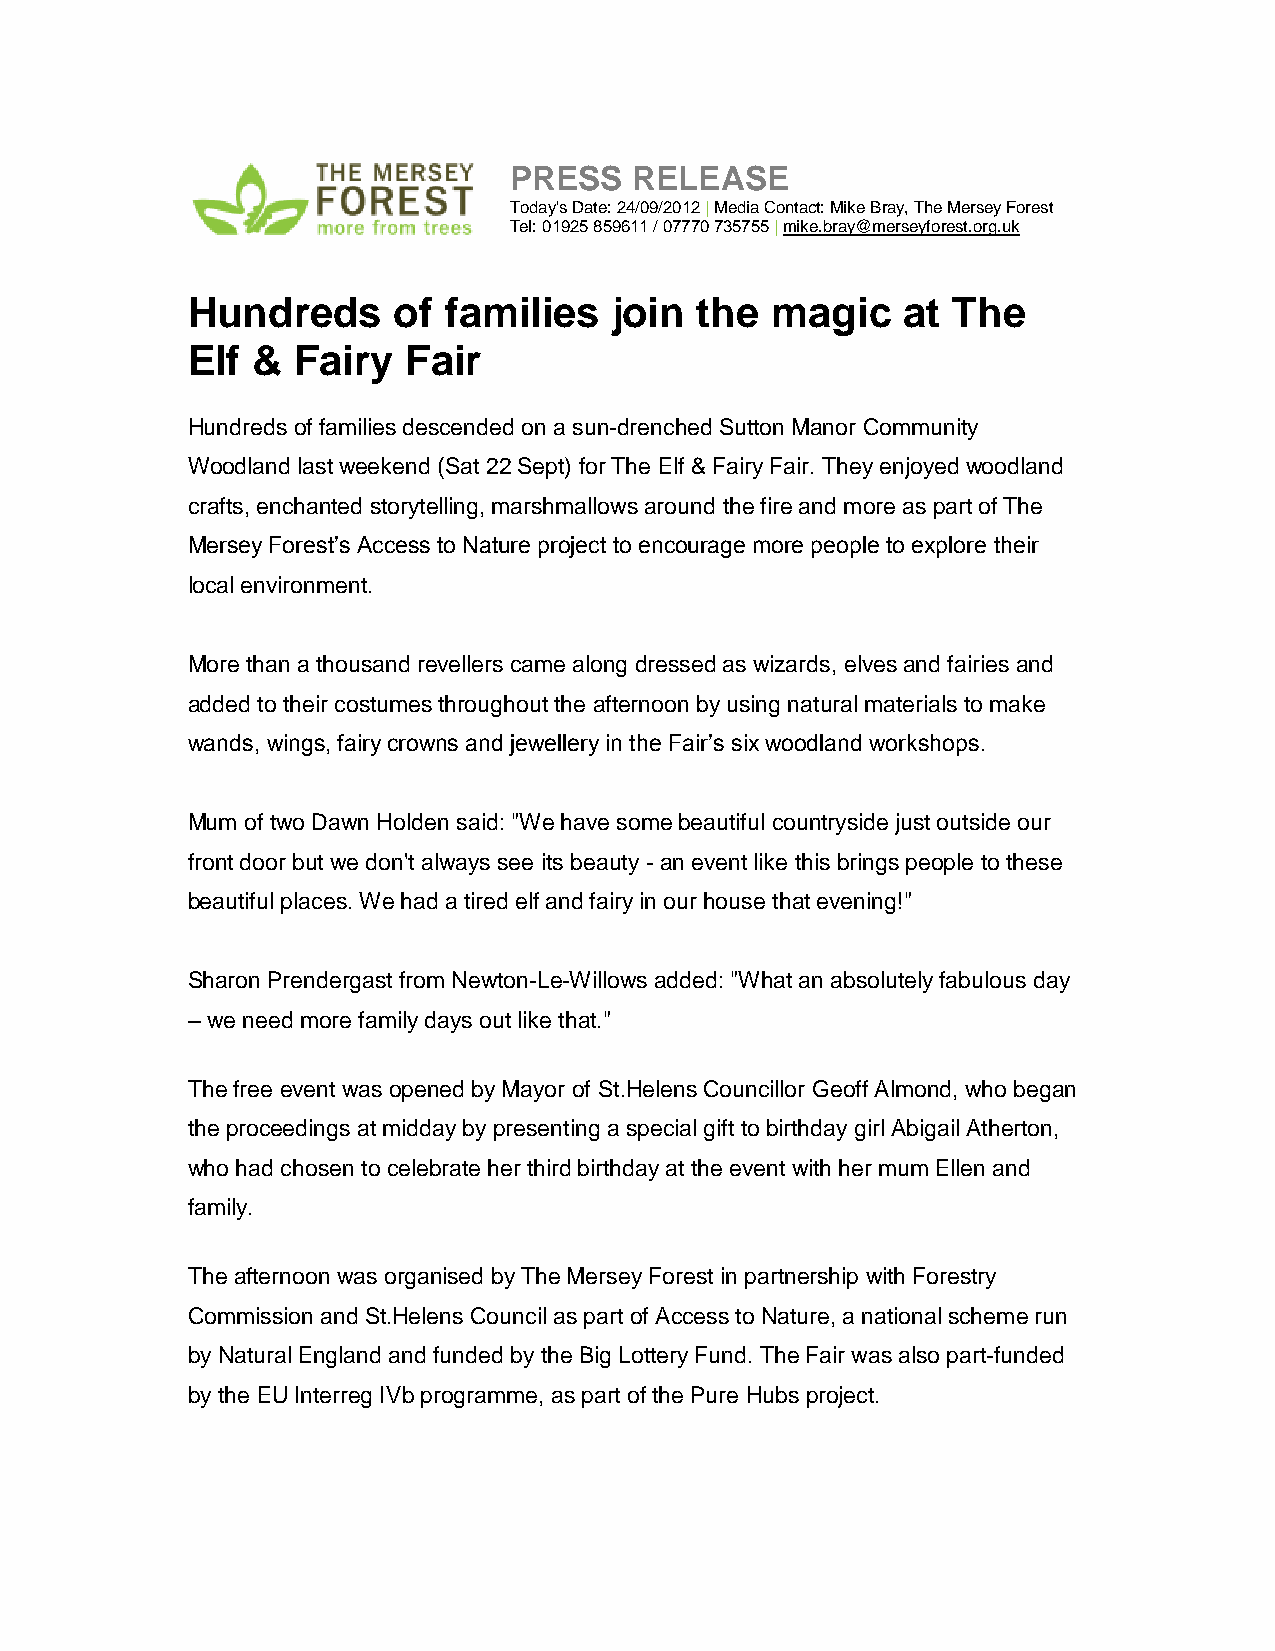
PRESS   RELEASE
 Today's Date: 24/09/2012 | Media Contact: Mike Bray, The Mersey Forest
 Tel: 01925 859611 / 07770 735755 | mike.bray@merseyforest.org.uk
 Hundreds      of families   join  the  magic    at The
 Elf  & Fairy   Fair
 Hundreds of families descended on a sun-drenched Sutton Manor Community
 Woodland last weekend (Sat 22 Sept) for The Elf & Fairy Fair. They enjoyed woodland
 crafts, enchanted storytelling, marshmallows around the fire and more as part of The
 Mersey Forest’s Access to Nature project to encourage more people to explore their
 local environment.
 More than a thousand revellers came along dressed as wizards, elves and fairies and
 added to their costumes throughout the afternoon by using natural materials to make
 wands, wings, fairy crowns and jewellery in the Fair’s six woodland workshops.
 Mum of two Dawn Holden said: "We have some beautiful countryside just outside our
 front door but we don't always see its beauty - an event like this brings people to these
 beautiful places. We had a tired elf and fairy in our house that evening!"
 Sharon Prendergast from Newton-Le-Willows added: "What an absolutely fabulous day
 – we need more family days out like that."
 The free event was opened by Mayor of St.Helens Councillor Geoff Almond, who began
 the proceedings at midday by presenting a special gift to birthday girl Abigail Atherton,
 who had chosen to celebrate her third birthday at the event with her mum Ellen and
 family.
 The afternoon was organised by The Mersey Forest in partnership with Forestry
 Commission and St.Helens Council as part of Access to Nature, a national scheme run
 by Natural England and funded by the Big Lottery Fund. The Fair was also part-funded
 by the EU Interreg IVb programme, as part of the Pure Hubs project.